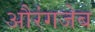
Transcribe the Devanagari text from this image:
अौरंगजेब